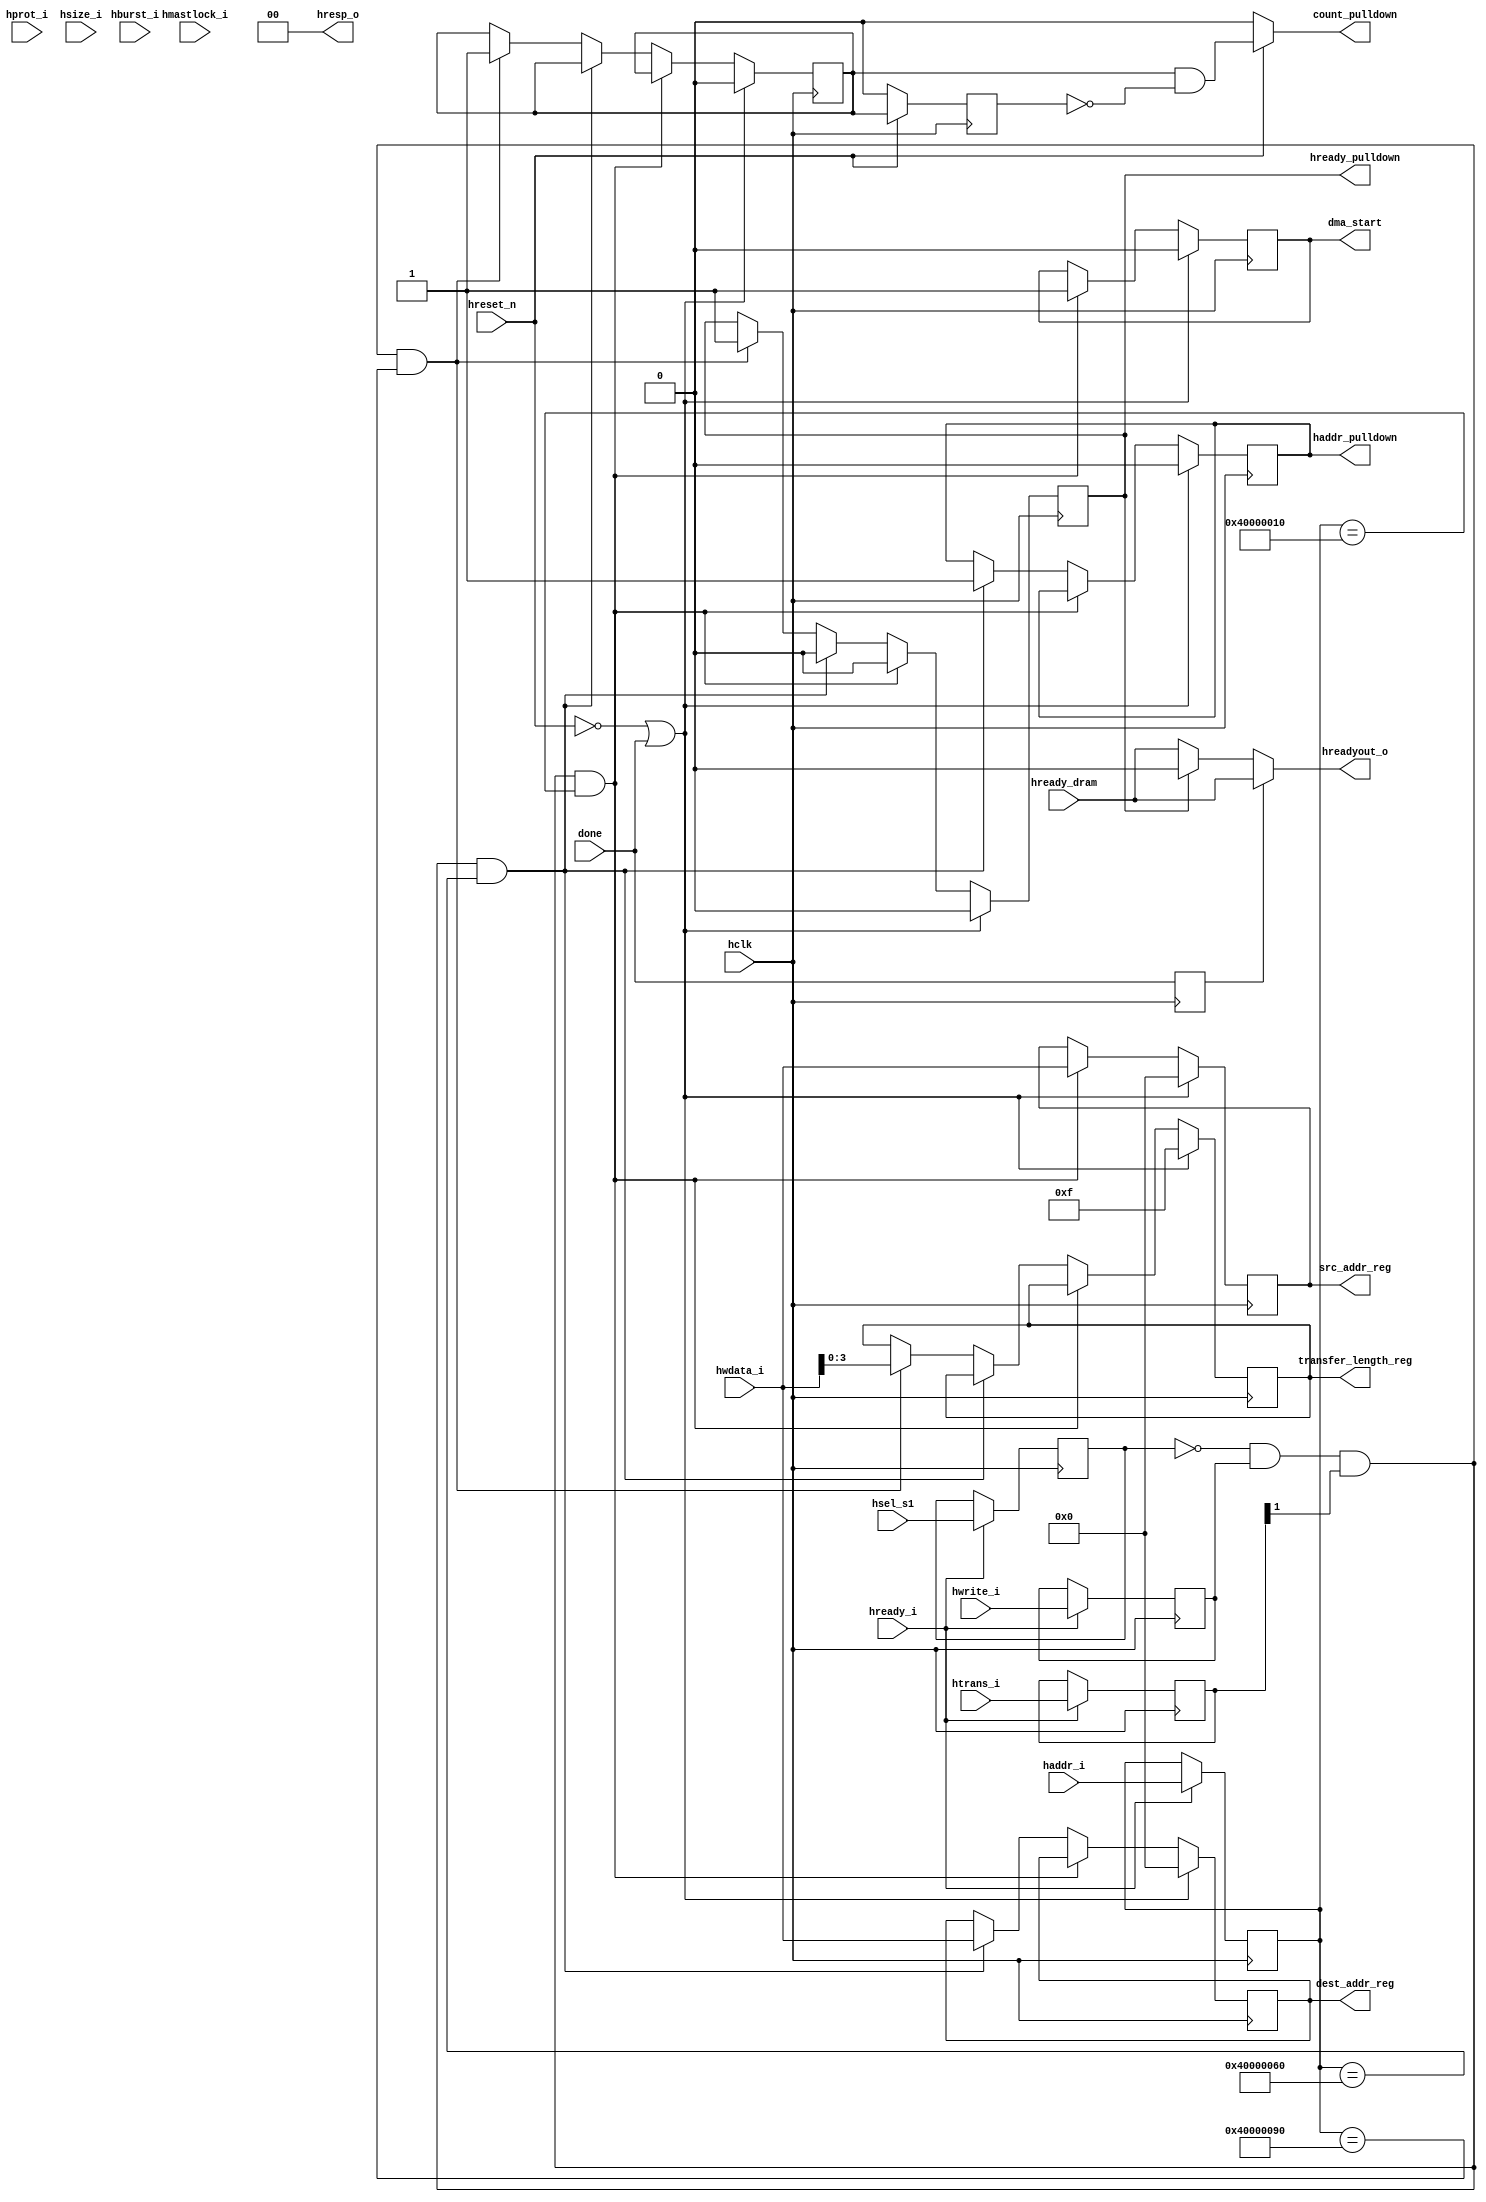
// DMA-Slave Module
// (c) 2016-04-29 by Reshma Siddalingadevaru

module DMA_slave (
	 hclk,	
	 hreset_n,
	 hreadyout_o,	
	 hresp_o,
	 src_addr_reg,
	 dest_addr_reg,
	 transfer_length_reg,
	 hready_dram,
	 hsel_s1,	
	 haddr_i,
	 hburst_i,
	 hprot_i,
	 hsize_i,
	 htrans_i,
	 hwdata_i,
	 hmastlock_i,
	 hwrite_i,
	 hready_i,
	 hready_pulldown,
	 dma_start,
	 haddr_pulldown,
	 done,
	 count_pulldown	
);

output wire	 hreadyout_o;
output wire [1:0]	 hresp_o;
output reg [31:0] src_addr_reg;
output reg [31:0] dest_addr_reg;
output reg [3:0] transfer_length_reg;
output reg hready_pulldown;
output reg dma_start;
output reg haddr_pulldown;
output reg count_pulldown;

reg [31:0] APhase_haddr;
reg APhase_hwrite;
reg [1:0] APhase_htrans;
reg [2:0] APhase_hsize;
reg [3:0] APhase_hprot;
reg APhase_hmastlock;
reg [2:0] APhase_hburst;
reg count_pulldown_1;
reg count_pulldown_2;

input wire hready_dram;
input wire  hclk;
input wire 	 hreset_n;
input wire hsel_s1;
input wire [31:0] haddr_i;
input wire	 [2:0]  hburst_i;
input wire	 [3:0]  hprot_i;
input wire	 [2:0]  hsize_i;
input wire	 [1:0]  htrans_i;
input wire	 [31:0] hwdata_i;
input wire	hmastlock_i;
input wire	hwrite_i;
input wire 	hready_i;
input wire done;	


reg APhase_hsel;

reg done_reg;

always @(posedge hclk)
begin
done_reg <= done;
end

always @(posedge hclk)
begin
	if(hready_i)
	begin
		APhase_hsel <= hsel_s1;
		APhase_hwrite <= hwrite_i;
		APhase_haddr <= haddr_i;
		APhase_htrans <= htrans_i;
		APhase_hprot <= hprot_i;
		APhase_hmastlock <= hmastlock_i;
		APhase_hburst <= hburst_i;
		APhase_hsize <= hsize_i;
	end
end


assign hresp_o = 2'b0;

always @(posedge hclk)
begin
	if(!hreset_n || done )
	begin
		src_addr_reg <= 32'h0;
		dest_addr_reg <= 32'h0;
		transfer_length_reg <= 4'hf;
		hready_pulldown <= 1'h0;
		dma_start <= 1'b0;
		haddr_pulldown <= 1'b0;
		count_pulldown_1 <= 1'b0;
	end
	else if ((!APhase_hsel & APhase_hwrite & APhase_htrans[1]) & (APhase_haddr == 32'h40000010))
		begin src_addr_reg <= hwdata_i; hready_pulldown <= 1'h0; dma_start <= 1'b1;   end
	else if ((!APhase_hsel & APhase_hwrite & APhase_htrans[1]) & (APhase_haddr == 32'h40000060))
		begin dest_addr_reg <= hwdata_i; hready_pulldown <= 1'h0; haddr_pulldown <= 1'b1; end
	else if ((!APhase_hsel & APhase_hwrite & APhase_htrans[1]) & (APhase_haddr == 32'h40000090))
		begin transfer_length_reg <= hwdata_i; hready_pulldown <= 1'h1; count_pulldown_1 <= 1'b1; end
		
end

always @(posedge hclk)
begin
	if(!hreset_n)
	count_pulldown_2 <= 1'b0;
	else
	count_pulldown_2 <= count_pulldown_1;
end

always @(*)
begin
	if(!hreset_n)
	count_pulldown <= 1'b0;
	else
	count_pulldown <= (count_pulldown_1 == 1'b1) && (count_pulldown_2 == 1'b0);
end



assign hreadyout_o = (done_reg == 1'b0) ? (hready_pulldown ? 1'b0 : hready_dram) : hready_dram;

endmodule